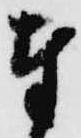
奉